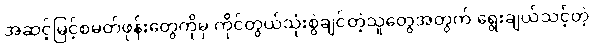
အဆင့်မြင့်စမတ်ဖုန်းတွေကိုမှ ကိုင်တွယ်သုံးစွဲချင်တဲ့သူတွေအတွက် ရွေးချယ်သင့်တဲ့